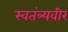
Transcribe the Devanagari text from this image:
स्वतंत्र्यवीर